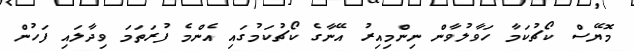
މޮޔޭސް ކޯޗުކަމާ ހަވާލުވާން ނިންމިއިރު އޭނާގެ ކޯޗުކަމުގައި އެންމެ ފުރަތަމަ ވިދާލައި ފަހުން